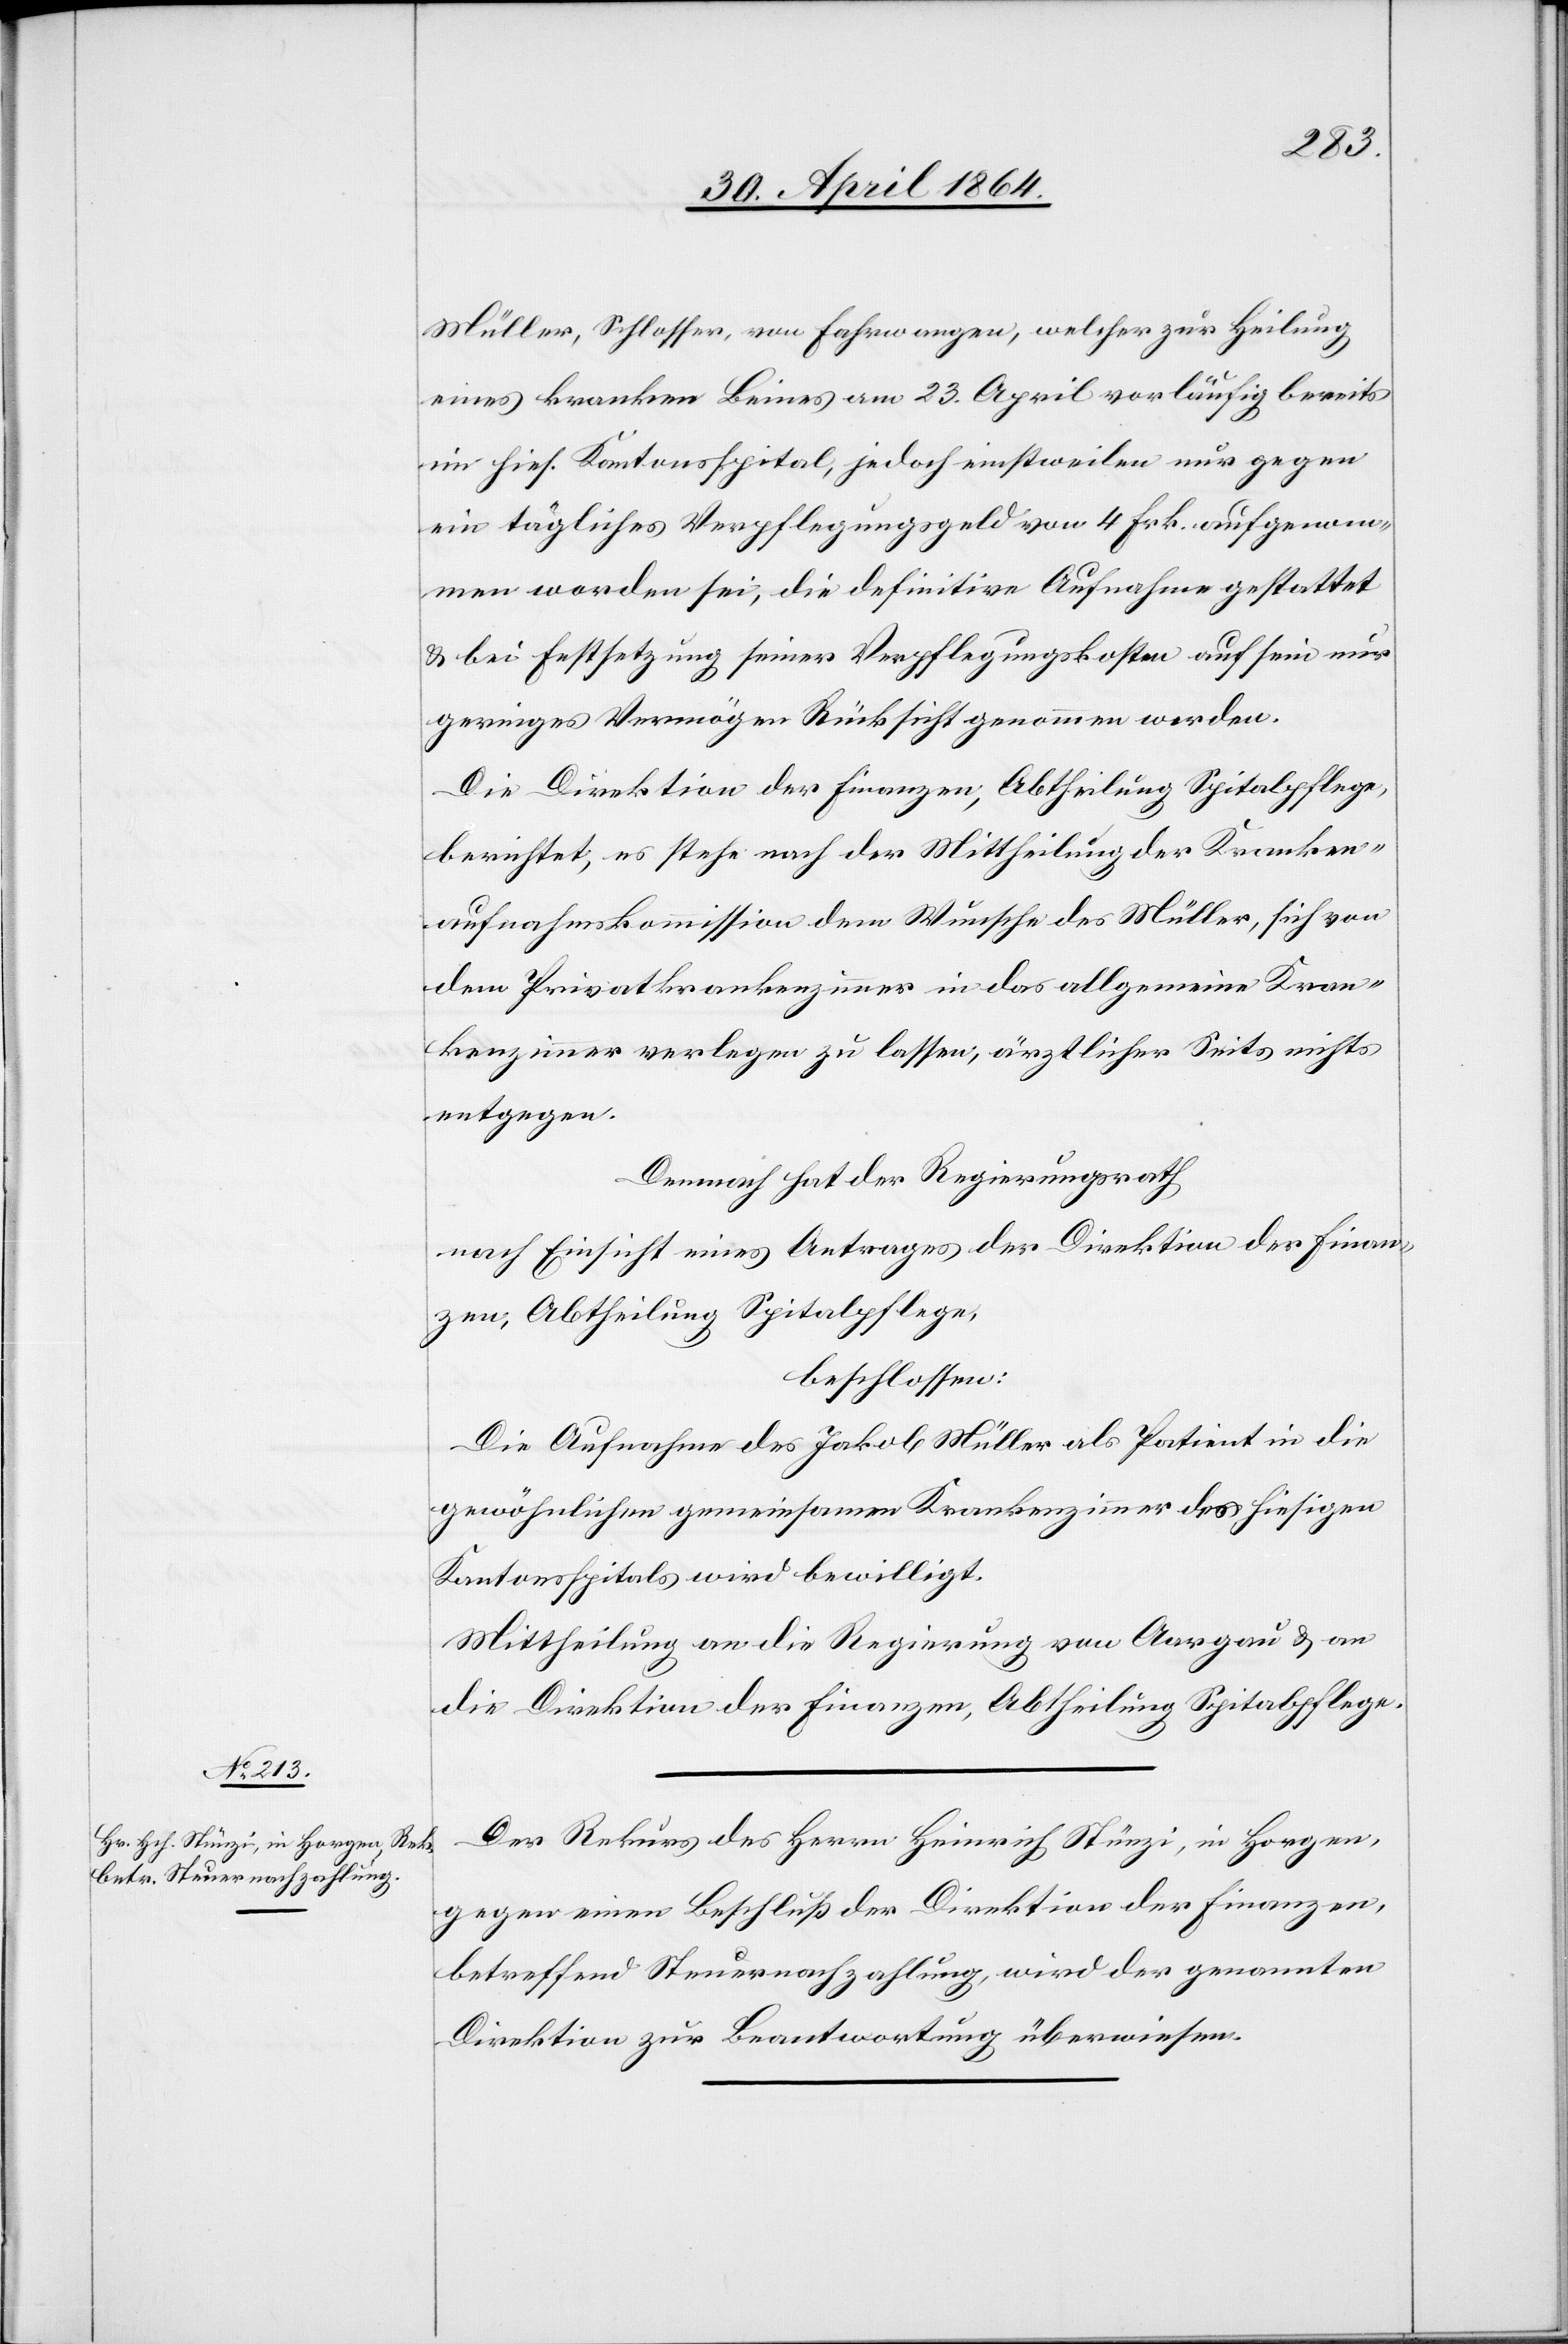
Müller, Schlosser, von Fahrwangen, welcher zur Heilung
eines kranken Beines am 23. April vorläufig bereits
im hies. Kantonsspital, jedoch einstweilen nur gegen
ein tägliches Verpflegungsgeld von 4 Frk. aufgenom¬
men worden sei, die definitive Aufnahme gestattet
u. bei Festsetzung seiner Verpflegungskosten auf sein nur
geringes Vermögen Rücksicht genommen werden.
Die Direktion der Finanzen, Abtheilung Spitalpflege,
berichtet, es stehe nach der Mittheilung der Kranken¬
aufnahmekommission dem Wunsche des Müller, sich von
dem Privatkrankenzimmer in das allgemeine Kran¬
kenzimmer verlegen zu lassen, ärztlicher Seits nichts
entgegen.
Demnach hat der Regierungsrath
nach Einsicht eines Antrages der Direktion der Finan¬
zen, Abtheilung Spitalpflege,
beschlossen:
Die Aufnahme des Jakob Müller als Patient in die
gewöhnlichen gemeinsamen Krankenzimmer der hiesigen
Kantonsspitals wird bewilligt.
Mittheilung an die Regierung von Aargau u. an
die Direktion der Finanzen, Abtheilung Spitalpflege.
Der Rekurs des Herrn Heinrich Stünzi, in Horgen,
gegen einen Beschluß der Direktion der Finanzen,
betreffend Steuernachzahlung, wird der genannten
Direktion zur Beantwortung überwiesen.